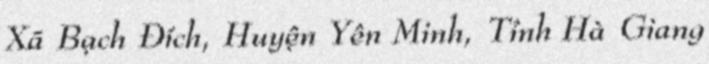
Xã Bạch Đích, Huyện Yên Minh, Tỉnh Hà Giang